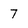
Character: 7